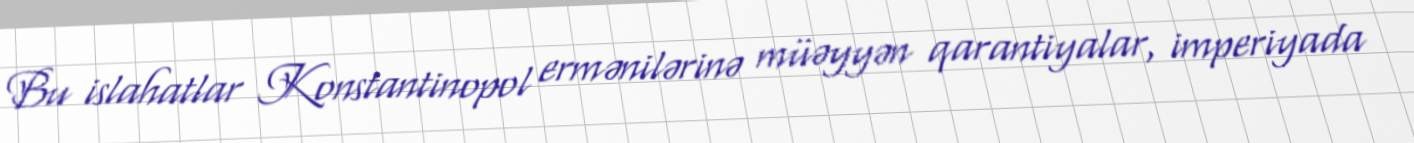
Bu islahatlar Konstantinopol ermənilərinə müəyyən qarantiyalar, imperiyada